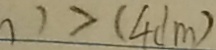
) > ( 4 d m )